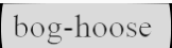
bog-hoose